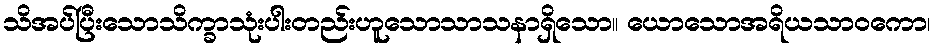
သိအပ်ပြီးသောသိက္ခာသုံးပါးတည်းဟူသောသာသနာရှိသော။ ယောသောအရိယသာဝကော၊